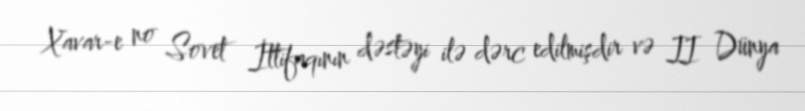
Xavar-e no Sovet İttifaqının dəstəyi ilə dərc edilmişdir və II Dünya